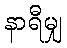
နာရီမျှ